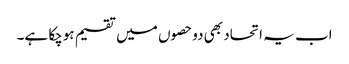
اب یہ اتحاد بھی دوحصوں میں تقسیم ہوچکا ہے۔